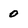
Character: 0